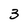
Character: 3